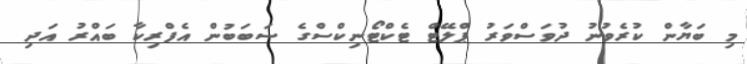
މި ބަޔާން ކުރެވުނު ދުވަސްވަރު ޕްލޭޓް ޓެކްޓޯނިކްސްގެ ސަބަބުން އެފްރިކާ ބައްރު އަދި